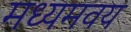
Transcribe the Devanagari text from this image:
मध्यमवय